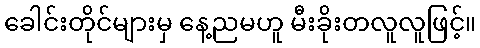
ခေါင်းတိုင်များမှ နေ့ညမဟူ မီးခိုးတလူလူဖြင့်။